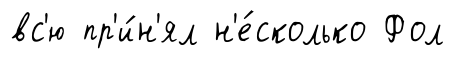
вс'ю пр'и́н'ял н'е́сколько Фол